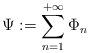
LaTeX: \begin{align*}\Psi:=\sum_{n=1}^{+\infty} \Phi_n\end{align*}